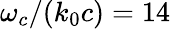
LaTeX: \omega_{c}/{\left(k_{0}c\right)}=14